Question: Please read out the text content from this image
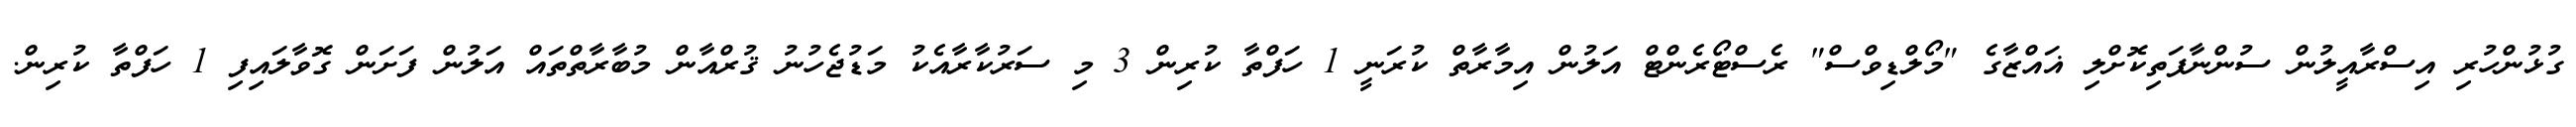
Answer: ގުޅުންހުރި އިސްރާއީލުން ސުންނާފަތިކޮށްލި ޣައްޒާގެ "މޯލްޑިވްސް" ރެސްޓޯރެންޓް އަލުން އިމާރާތް ކުރަނީ 1 ހަފްތާ ކުރިން 3 މި ސަރުކާރާއެކު މަޑުޖެހުނު ޤުރްއާން މުބާރާތްތައް އަލުން ފަށަން ގޮވާލައިފި 1 ހަފްތާ ކުރިން.